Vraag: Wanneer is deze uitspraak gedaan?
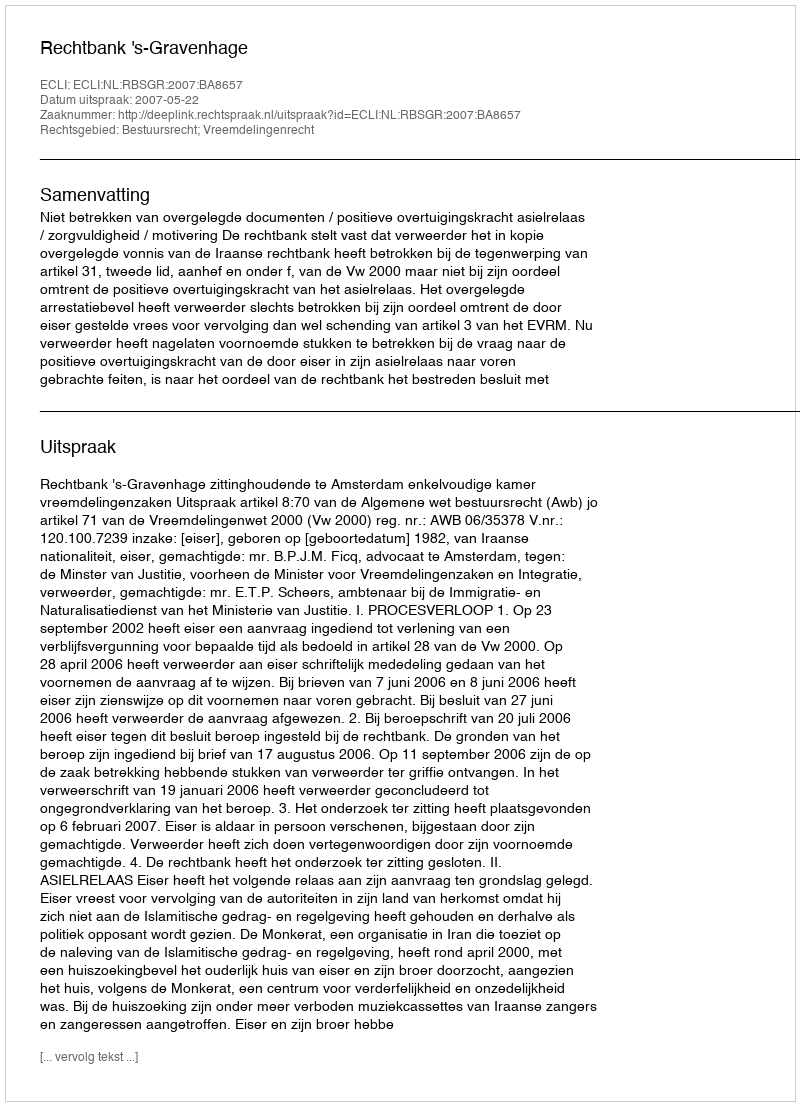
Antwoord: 2007-05-22